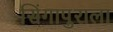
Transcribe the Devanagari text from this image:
सिंगापुराला